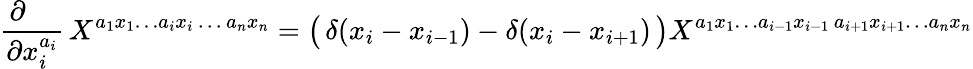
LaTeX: \frac{\partial\phantom{iii}}{\partial x_{i}^{a_{i}}}\, X^{a_{1}x_{1}\ldots a_{i}x_{i}\, \ldots\, a_{n}x_{n}}=\bigl(\, \delta(x_{i}-x_{i-1})-\delta(x_{i}-x_{i+1})\, \bigr)X^{a_{1}x_{1}\ldots a_{i-1}x_{i-1}\, a_{i+1}x_{i+1}\ldots a_{n}x_{n}}